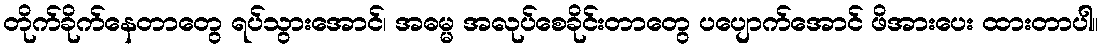
တိုက်ခိုက်နေတာတွေ ရပ်သွားအောင်၊ အဓမ္မ အလုပ်စေခိုင်းတာတွေ ပပျောက်အောင် ဖိအားပေး ထားတာပါ။